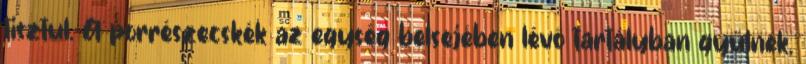
tisztul. A porrészecskék az egység belsejében lévő tartályban gyűlnek,